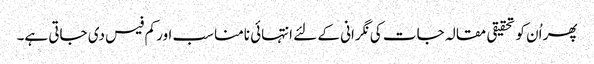
پھر اُن کو تحقیقی مقالہ جات کی نگرانی کے لئے انتہائی نامناسب اور کم فیس دی جاتی ہے۔